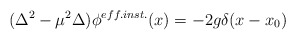
\begin{align*}(\Delta^2 - \mu^2\Delta)\phi^{eff.inst.}(x) = -2g\delta(x-x_0)\end{align*}